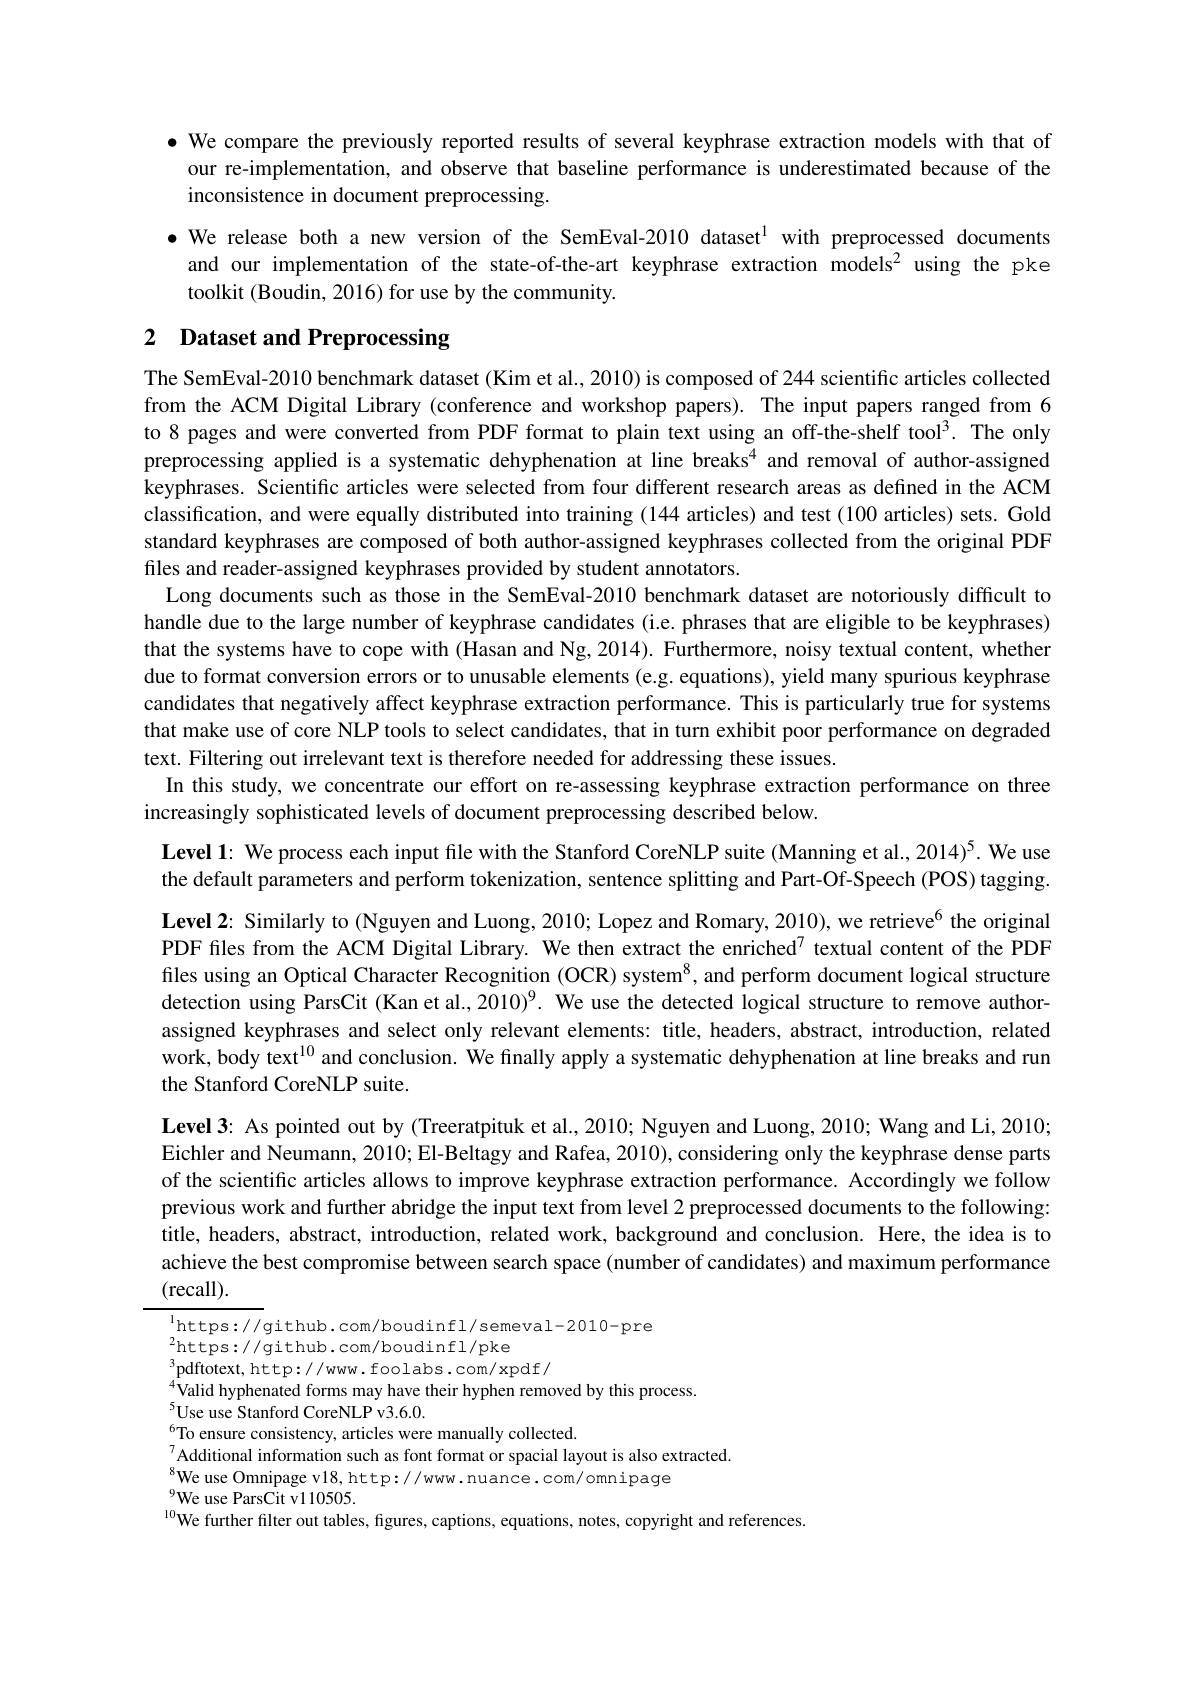
$\bullet$ We compare the previously reported results of several keyphrase extraction models with that of our re-implementation, and observe that baseline performance is underestimated because of the inconsistence in document preprocessing.

·We release both a new version of the SemEval-2010 dataset$^{1}$ with preprocessed documents and our implementation of the state-of-the-art keyphrase extraction models$^{2}$ using the pke toolkit (Boudin, 2016) for use by the community.

# 2 Dataset and Preprocessing

The SemEval-2010 benchmark dataset (Kim et al., 2010) is composed of 244 scientific articles collected from the ACM Digital Library (conference and workshop papers). The input papers ranged from 6 to 8 pages and were converted from PDF format to plain text using an off-the-shelf tool$^{3}.$ The only preprocessing applied is a systematic dehyphenation at line breaks$^{4}$ and removal of author-assigned keyphrases. Scientific articles were selected from four different research areas as defined in the ACM classification, and were equally distributed into training (144 articles) and test (100 articles) sets. Gold standard keyphrases are composed of both author-assigned keyphrases collected from the original PDF files and reader-assigned keyphrases provided by student annotators
Long documents such as those in the SemEval-2010 benchmark dataset are notoriously difficult to handle due to the large number of keyphrase candidates (i.e. phrases that are eligible to be keyphrases) that the systems have to cope with (Hasan and Ng, 2014). Furthermore, noisy textual content, whether due to format conversion errors or to unusable elements (e.g. equations), yield many spurious keyphrase candidates that negatively affect keyphrase extraction performance. This is particularly true for systems that make use of core NLP tools to select candidates, that in turn exhibit poor performance on degraded text. Filtering out irrelevant text is therefore needed for addressing these issues.
In this study, we concentrate our effort on re-assessing keyphrase extraction performance on three
increasingly sophisticated levels of document preprocessing described below.

Level 1: We process each input file with the Stanford CoreNLP suite (Manning et al., 2014)$^{5}$. We use the default parameters and perform tokenization, sentence splitting and Part-Of-Speech (POS) tagging.

Level 2: Similarly to (Nguyen and Luong, 2010; Lopez and Romary, 2010), we retrieve$^{6}$ the original PDF files from the ACM Digital Library. We then extract the enriched$^{7}$ textual content of the PDF files using an Optical Character Recognition (OCR) system$^{8}$, and perform document logical structure detection using ParsCit (Kan et al.,2010)$^9.$ We use the detected logical structure to remove authorassigned keyphrases and select only relevant elements: title, headers, abstract, introduction, related work, body text$^{10}$ and conclusion. We finally apply a systematic dehyphenation at line breaks and run the Stanford CoreNLP suite.
Level 3: As pointed out by (Treeratpituk et al., 2010; Nguyen and Luong, 2010; Wang and Li, 2010; Eichler and Neumann, 2010; El-Beltagy and Rafea, 2010), considering only the keyphrase dense parts of the scientific articles allows to improve keyphrase extraction performance. Accordingly we follow previous work and further abridge the input text from level 2 preprocessed documents to the following: title, headers, abstract, introduction, related work, background and conclusion. Here, the idea is to achieve the best compromise between search space (number of candidates) and maximum performance (recall).

$^{1}$https: / / github. com/ boudinfl/ semeval- 2010- pre
$^{2}$https://github.com/boudinfl/pke
pdftotext,  http: / / www. foolabs. com/ xpdf/
$_{s}^{4}$Valid hyphenated forms may have their hyphen removed by this process.
$^{5}$Use use Stanford CoreNLP v3.6.0.
$^{6}$To ensure consistency, articles were manually collected.
Additional information such as font format or spacial layout is also extracted Additional information such as font format or spacial layout is also extracted.
$^{8}$We use Omnipage v18, http://www. nuance. com/omnipage
${}^{9}$We use ParsCit v110505.
$^{10}$We further filter out tables, figures, captions, equations, notes, copyright and references